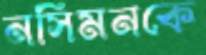
নসিমনকে